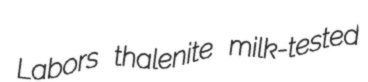
Labors thalenite milk-tested